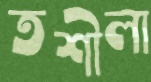
তশীলা